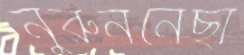
নুরুননেছা